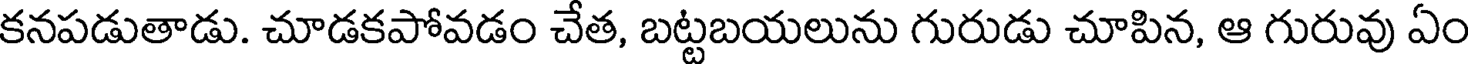
కనపడుతాడు. చూడకపోవడం చేత, బట్టబయలును గురుడు చూపిన, ఆ గురువు ఏం